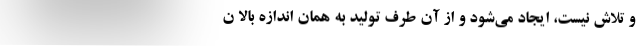
و تلاش نیست، ایجاد می‌شود و از آن طرف تولید به همان اندازه بالا ن